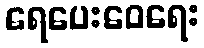
ရေပေးဝေရေး